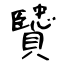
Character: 贒